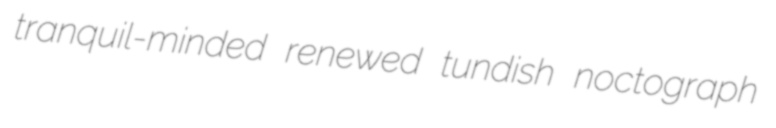
tranquil-minded renewed tundish noctograph